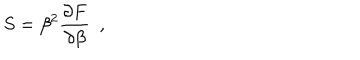
S = \beta ^ { 2 } { \frac { \partial F } { \partial \beta } } ~ ~ , ~ ~